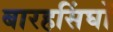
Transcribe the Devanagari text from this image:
बारहसिंघों